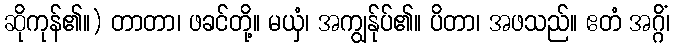
ဆိုကုန်၏။) တာတာ၊ ဖခင်တို့။ မယှံ၊ အကျွန်ုပ်၏။ ပိတာ၊ အဖသည်။ ဧတံ အဂ္ဂိံ၊